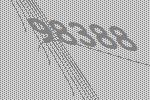
98388